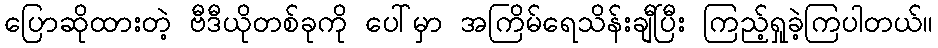
ပြောဆိုထားတဲ့ ဗီဒီယိုတစ်ခုကို ပေါ်မှာ အကြိမ်ရေသိန်းချီပြီး ကြည့်ရှုခဲ့ကြပါတယ်။